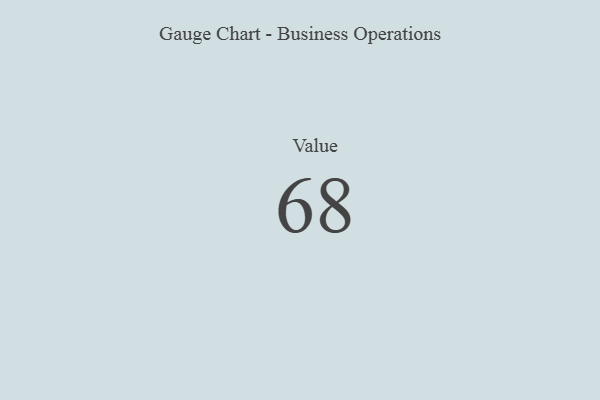
{"axis": {"x": "Metric", "y": "Value"}, "legend": [""], "data": [{"x": "Value", "y": 68, "type": ""}]}